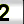
Digit: 2